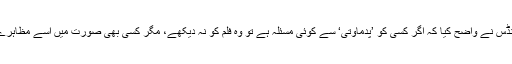
جیکولین فرنانڈس نے واضح کیا کہ اگر کسی کو ’پدماوتی‘ سے کوئی مسئلہ ہے تو وہ فلم کو نہ دیکھے، مگر کسی بھی صورت میں اسے مظاہرے کا حق نہیں۔